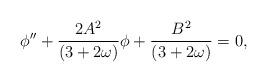
LaTeX: \begin{align*} \phi'' + \frac{2A^2}{(3 + 2\omega)}\phi +\frac{B^2}{(3 + 2 \omega)} = 0,\end{align*}